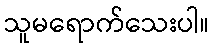
သူမရောက်သေးပါ။